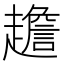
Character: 䟋